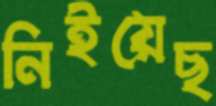
নিইয়েছ